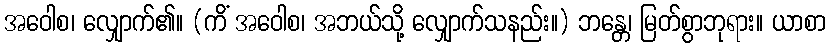
အဝေါစ၊ လျှောက်၏။ (ကိံ အဝေါစ၊ အဘယ်သို့ လျှောက်သနည်း။) ဘန္တေ၊ မြတ်စွာဘုရား။ ယာစာ